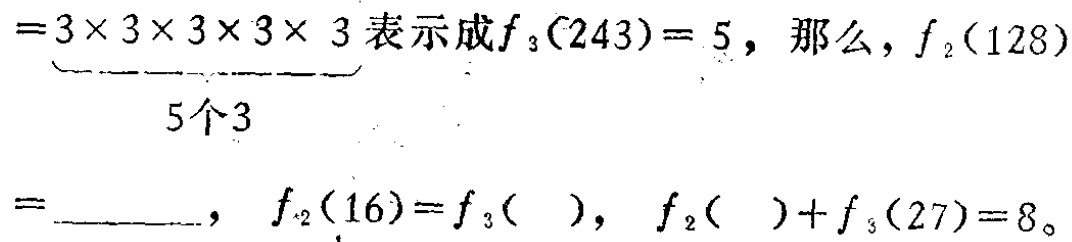
$=\underbrace{3\times 3\times 3\times 3\times 3}_{5个3}表示成f_{3}(243)=5，那么，f_{2}(128)=____，f_{2}(16)=f_{3}( )，f_{2}( )+f_{3}(27)=8。$